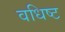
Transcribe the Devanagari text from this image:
वधिष्ट